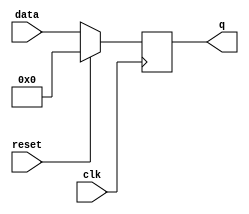
module FlipFlop (data, clk, reset, q);

input [4:0]data;
input clk, reset; 

output reg [4:0]q;

always @ ( posedge clk)
if (reset == 1'b1) 
  q <= 5'b00000;
else 
  q <= data;

endmodule